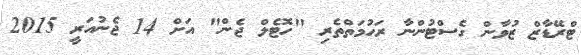
ޓްރޭޑާޒް ޒުވާން ގެސްޓުންނާ ރަހުމަތްތެރި "ހޮޓެލް ޖެން" އަށް 14 ޖެނުއަރީ 2015